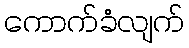
ကောက်ခံလျက်